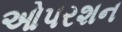
ઓપરશન